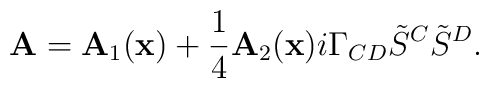
{\bf A}={\bf A}_1({\bf x})+{1\over4}{\bf A}_2({\bf x})i\Gamma_{CD}{\tilde S}^C{\tilde S}^D.